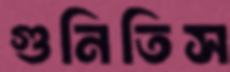
গুনিতিস